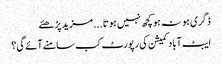
ڈگری ہو نہ ہو کچھ نہیں ہوتا...	مزید پڑھئے
ایبٹ آباد کمیشن کی رپورٹ کب سامنے آئے گی؟